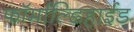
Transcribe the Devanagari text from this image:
फॉर्माल्डिहाईड